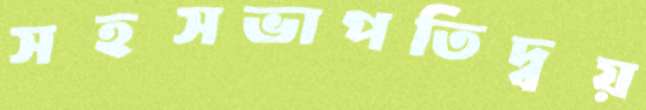
সহসভাপতিদ্বয়